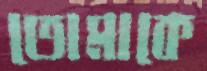
তোমাকে